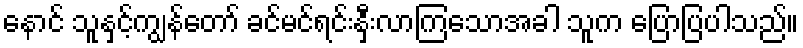
နောင် သူနှင့်ကျွန်တော် ခင်မင်ရင်းနှီးလာကြသောအခါ သူက ပြောပြပါသည်။